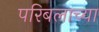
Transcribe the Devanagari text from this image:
परिबलाच्या